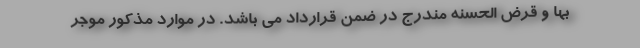
بها و قرض الحسنه مندرج در ضمن قرارداد می باشد. در موارد مذکور موجر